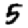
Digit: 5